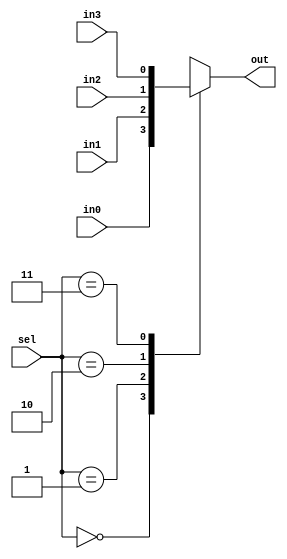
module mux_behavioral(out, in0, in1, in2, in3, sel);
	input in0, in1, in2, in3; 					// 
	input [1:0] sel; 							// 
	output out;										// 
	reg out;
	
	always @(in0 or in1 or in2 or in3 or sel) 
		begin 
			case ({sel})					// Sel  Case 
			2'b00 : out = in0;					// Sel 00  in0 
			2'b01 : out = in1;					// Sel 01  in1 
			2'b10 : out = in2;					// Sel 10  in2 
			2'b11 : out = in3;					// Sel 11  in3 
			default : out = 1'bx;
			endcase
		end 
endmodule